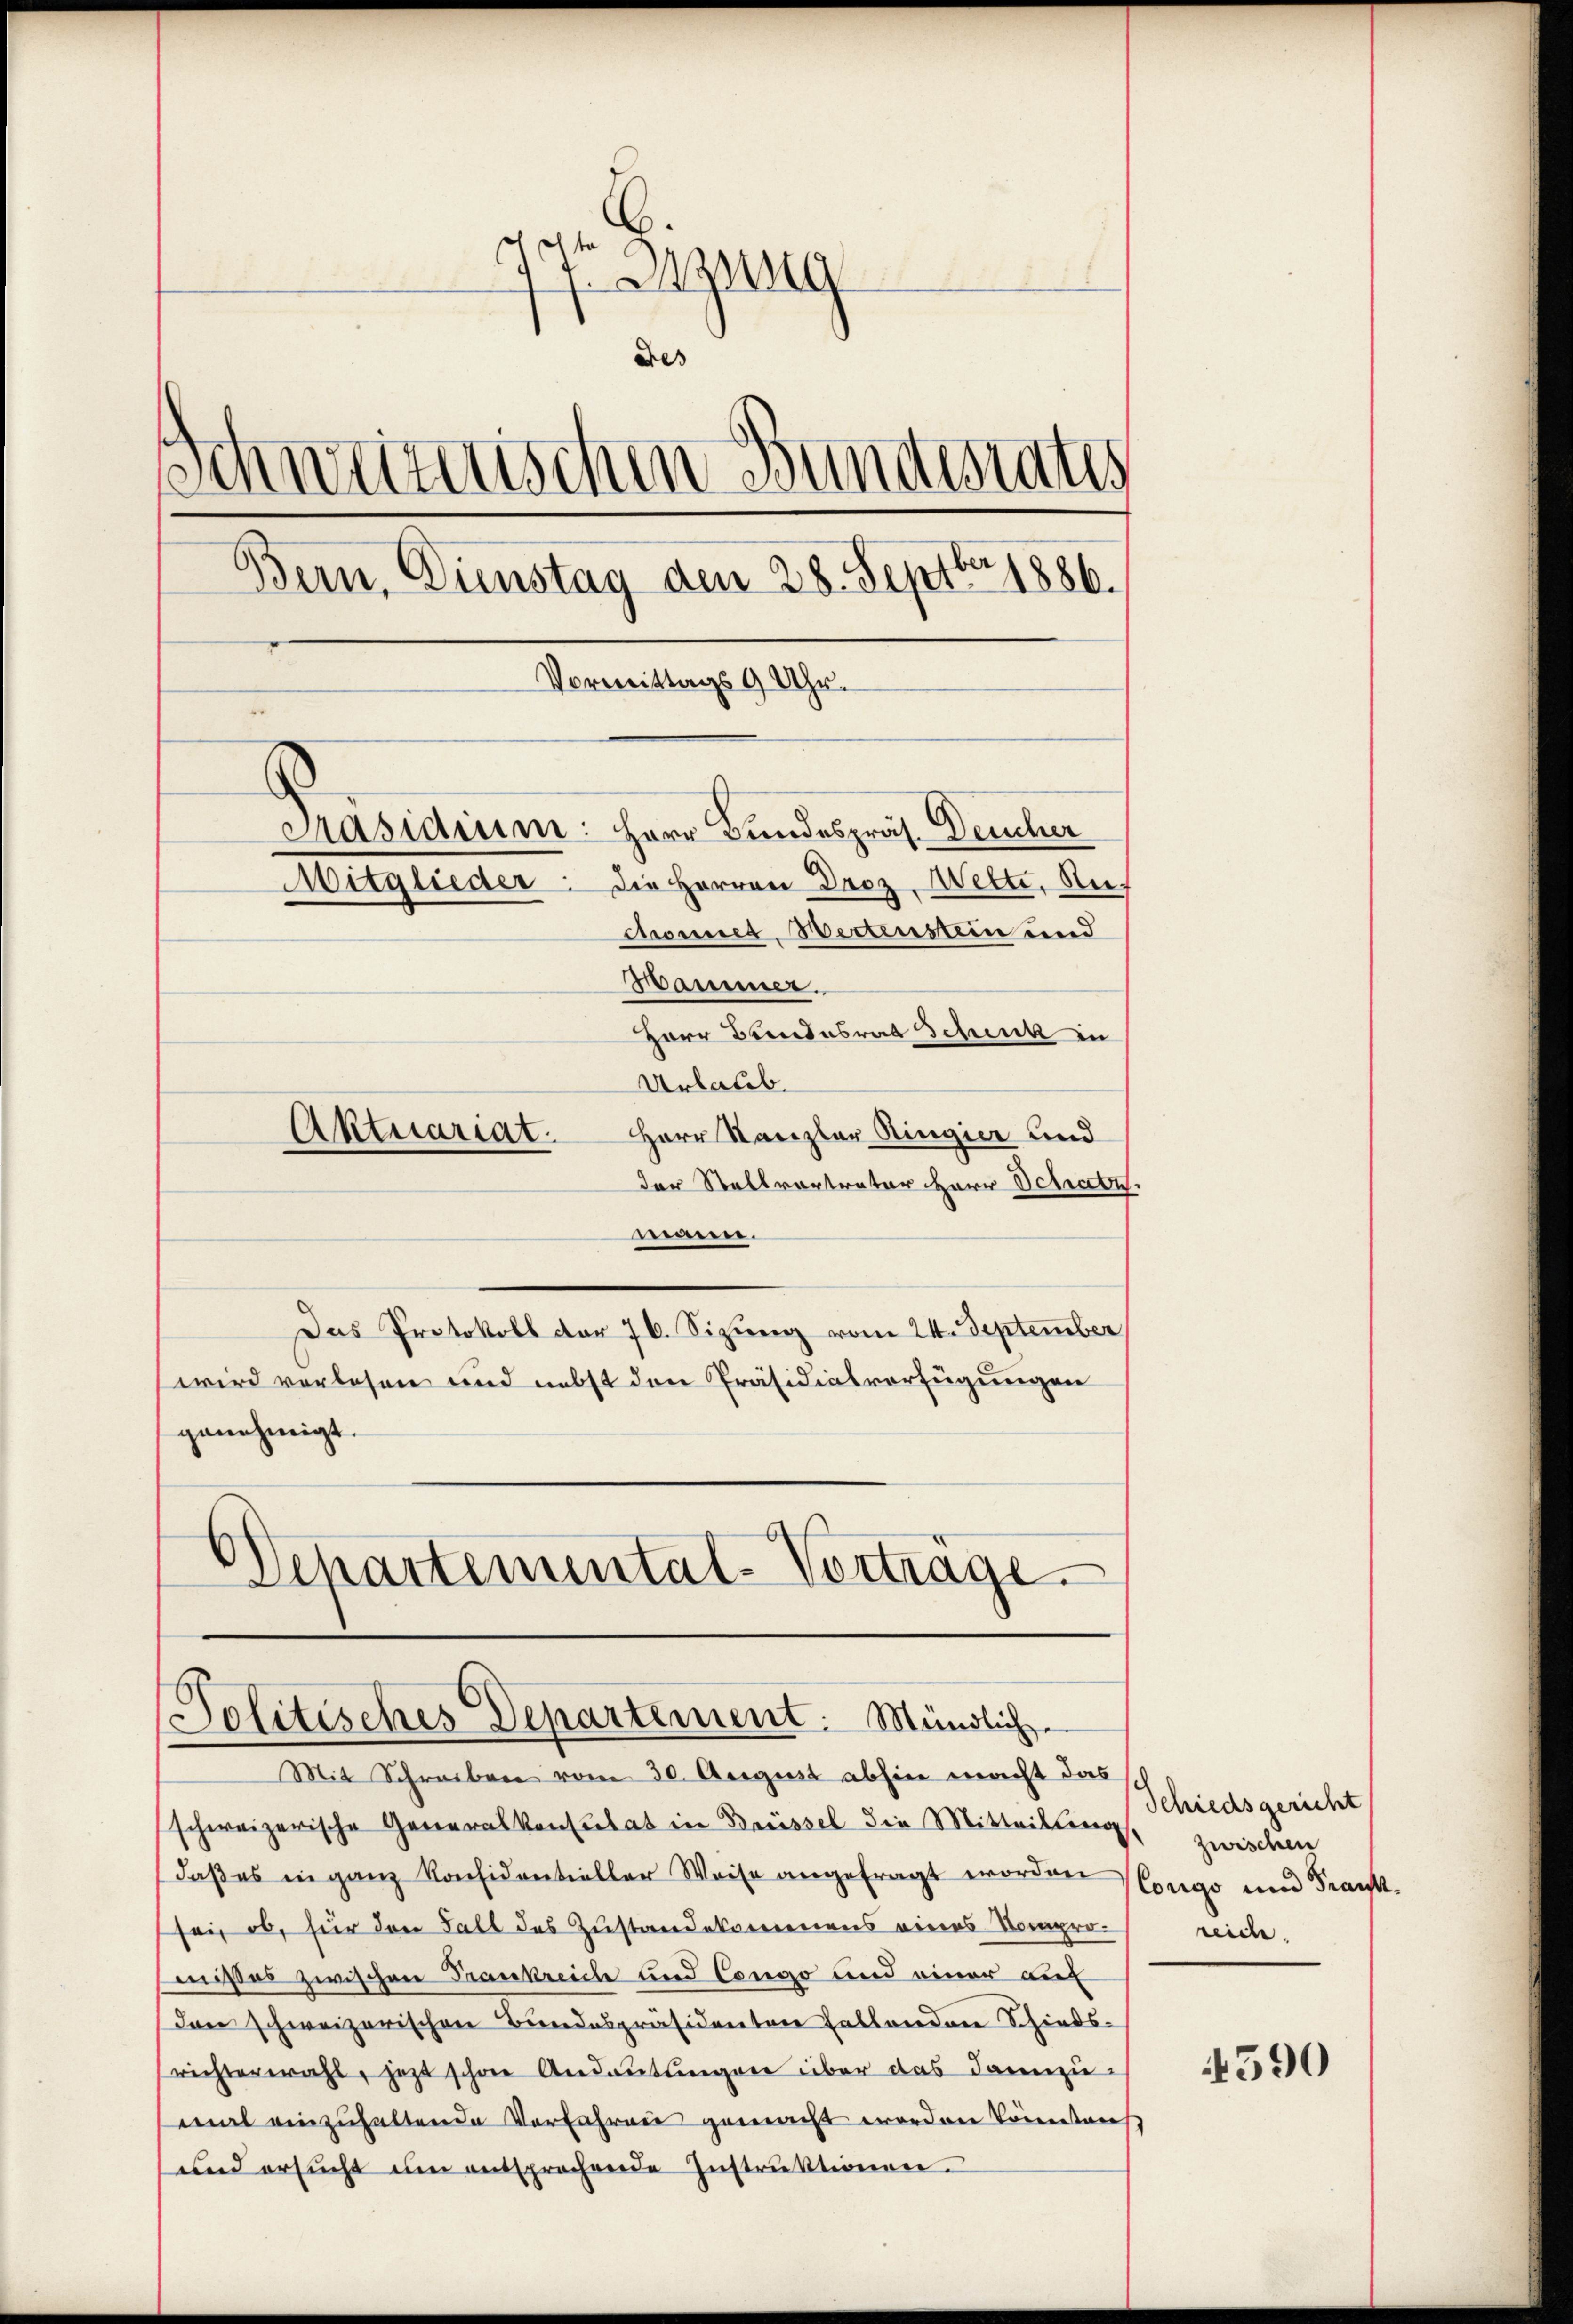
dor Bezug
Des
Schweizerischen Bundestates
Bern, Dienstag den 28. Septbr. 1886.
Vormittags 9 Uhr.
Präsidium: Herr Bundespräs. Deucher
Die Herren Droz. Wette, Auf
Mitglieder
mhonner Bestenstein und
Hammer.
Herr Bundesrat Schenk in
Urlaub.
Herr Kanzler Ringier und
Aktuariat.

der Stellvortrater Herr Schatz.
.
Das Protokoll der 76. Sizung vom 24. September
wird verlesen und nebst den Präsidialverfügungen
genehmigt.
E
Schartemental-Vortrage.

Politisches Departement. Mündlich

Mit Schreiben vom 30. August abhin macht das
schweizerische Generalkonsulat in Brüssel die Mitteilteng
daβ es in ganz Konsidentieller Weise angefragt worden (Cougo und Franksei, ob, für den Fall des Zustandekomenens eines Kompronisses zwischen Frankreiche und Congo und einer auf
den schweizerischen Bundespräsidenten fallenden Schiedsrichterwahl, jetzt schon Andeutungen über das Danziemal einzuhaltende Verfahren gemacht worden könntens
und ersŭcht um entsprochende Instrŭktionen.

Schiedsgericht
zwischen
reiche.

4590